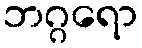
ဘဂ္ဂရော